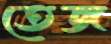
তেজ